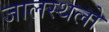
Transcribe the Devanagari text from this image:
जालस्थलो